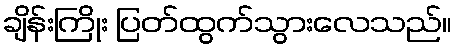
ချိန်းကြိုး ပြတ်ထွက်သွားလေသည်။